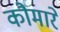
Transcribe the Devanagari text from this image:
कौमारे